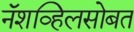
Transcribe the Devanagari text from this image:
नॅशव्हिलसोबत